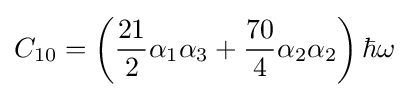
C_{10}=\left({\frac {21}{2}}\alpha _{1}\alpha _{3}+{\frac {70}{4}}\alpha _{2}\alpha _{2}\right)\hbar \omega